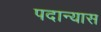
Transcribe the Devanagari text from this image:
पदान्यास